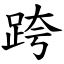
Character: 跨